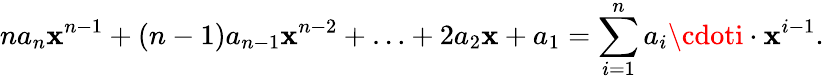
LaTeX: na_{n}\mathbf{x}^{n-1}+(n-1)a_{n-1}\mathbf{x}^{n-2}+\ldots+2a_{2}\mathbf{x}+a_{1}=\sum_{i=1}^{n}a_{i}\cdoti\cdot\mathbf{x}^{i-1}.